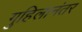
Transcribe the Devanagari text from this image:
गुहिलानंतर